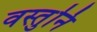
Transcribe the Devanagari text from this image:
वस्तुनि